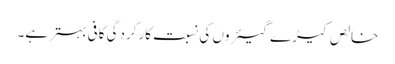
خالص کیڑے گیئروں کی نسبت کارکردگی کافی بہتر ہے۔